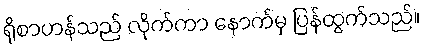
ရိုစာဟန်သည် လိုက်ကာ နောက်မှ ပြန်ထွက်သည်။